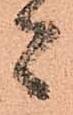
者